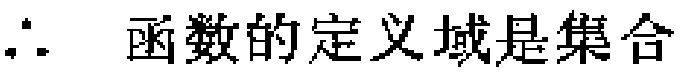
\(\therefore\) 函数的定义域是集合